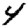
Digit: 4